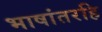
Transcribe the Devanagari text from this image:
भाषांतरहि